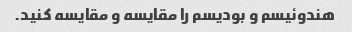
هندوئیسم و بودیسم را مقایسه و مقایسه کنید.